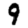
Digit: 9